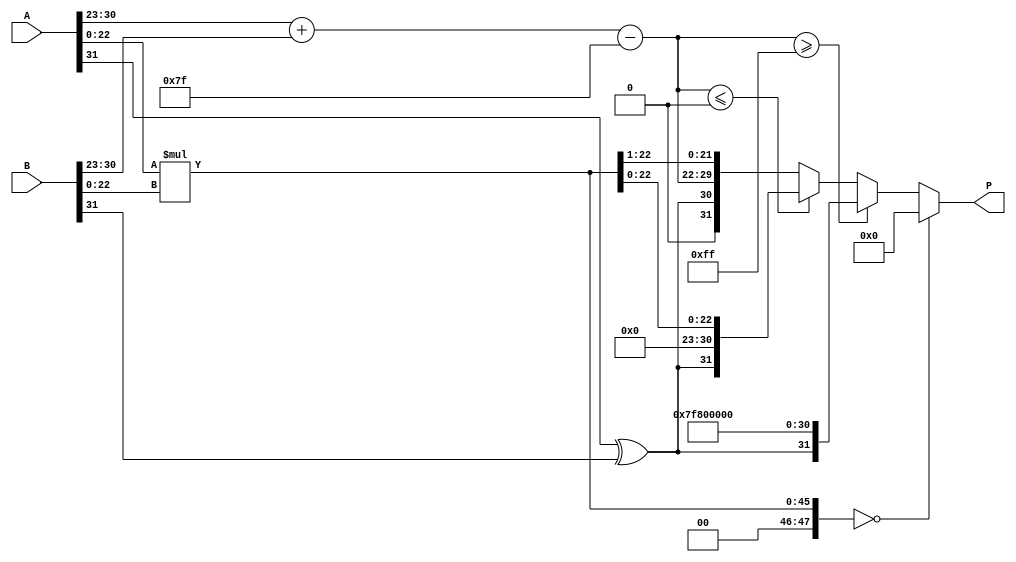
module radix4_fp_multiplier (
    input  wire [31:0] A, // First floating-point number
    input  wire [31:0] B, // Second floating-point number
    output reg  [31:0] P  // Product of A and B
);

    // Extract sign, exponent, and mantissa from A
    wire signA = A[31];
    wire [7:0] expA = A[30:23];
    wire [22:0] mantA = {1'b1, A[22:0]}; // Implicit leading 1

    // Extract sign, exponent, and mantissa from B
    wire signB = B[31];
    wire [7:0] expB = B[30:23];
    wire [22:0] mantB = {1'b1, B[22:0]}; // Implicit leading 1

    // Intermediate signals
    wire [7:0] exp_sum;
    wire [47:0] mant_product; // Product of mantissas (23 + 23 = 46 bits)
    wire [47:0] normalized_mant;
    wire [7:0] final_exp;
    wire final_sign;

    // Calculate the product of the mantissas
    assign mant_product = mantA * mantB;

    // Calculate the exponent sum
    assign exp_sum = expA + expB - 8'd127; // Subtract bias

    // Determine the sign of the result
    assign final_sign = signA ^ signB;

    // Normalize the mantissa
    always @(*) begin
        if (mant_product[47]) begin
            // If the product is in the range [2.0, 4.0), shift right
            normalized_mant = mant_product >> 1;
            final_exp = exp_sum + 1;
        end else begin
            // If the product is in the range [1.0, 2.0)
            normalized_mant = mant_product;
            final_exp = exp_sum;
        end
    end

    // Pack the result into the output
    always @(*) begin
        if (mant_product == 0) begin
            // Handle zero case
            P = 32'b0;
        end else if (final_exp >= 8'd255) begin
            // Handle overflow (infinity)
            P = {final_sign, 8'b11111111, 23'b0};
        end else if (final_exp <= 8'd0) begin
            // Handle underflow (denormalized or zero)
            P = {final_sign, 8'b0, normalized_mant[22:0]};
        end else begin
            // Normal case
            P = {final_sign, final_exp, normalized_mant[22:1]};
        end
    end

endmodule